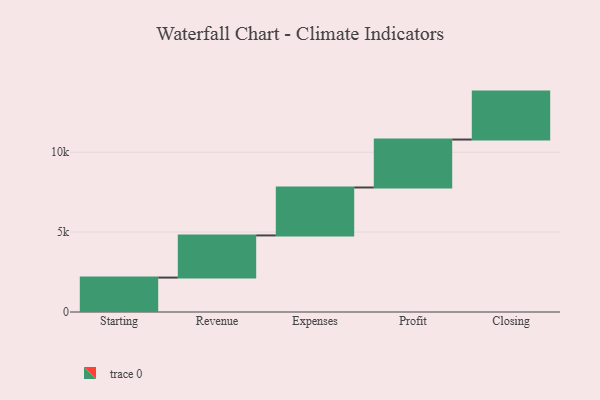
{"axis": {"x": "Step", "y": "Value"}, "legend": [""], "data": [{"x": "Starting", "y": 2153.0, "type": ""}, {"x": "Revenue", "y": 2638.0, "type": ""}, {"x": "Expenses", "y": 3000, "type": ""}, {"x": "Profit", "y": 3000, "type": ""}, {"x": "Closing", "y": 3000, "type": ""}]}